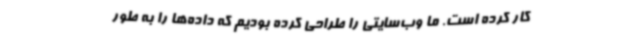
کار کرده است. ما وب‌سایتی را طراحی کرده بودیم که داده‌ها را به طور